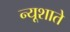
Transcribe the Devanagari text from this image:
न्यूशाते